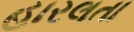
હારલતા